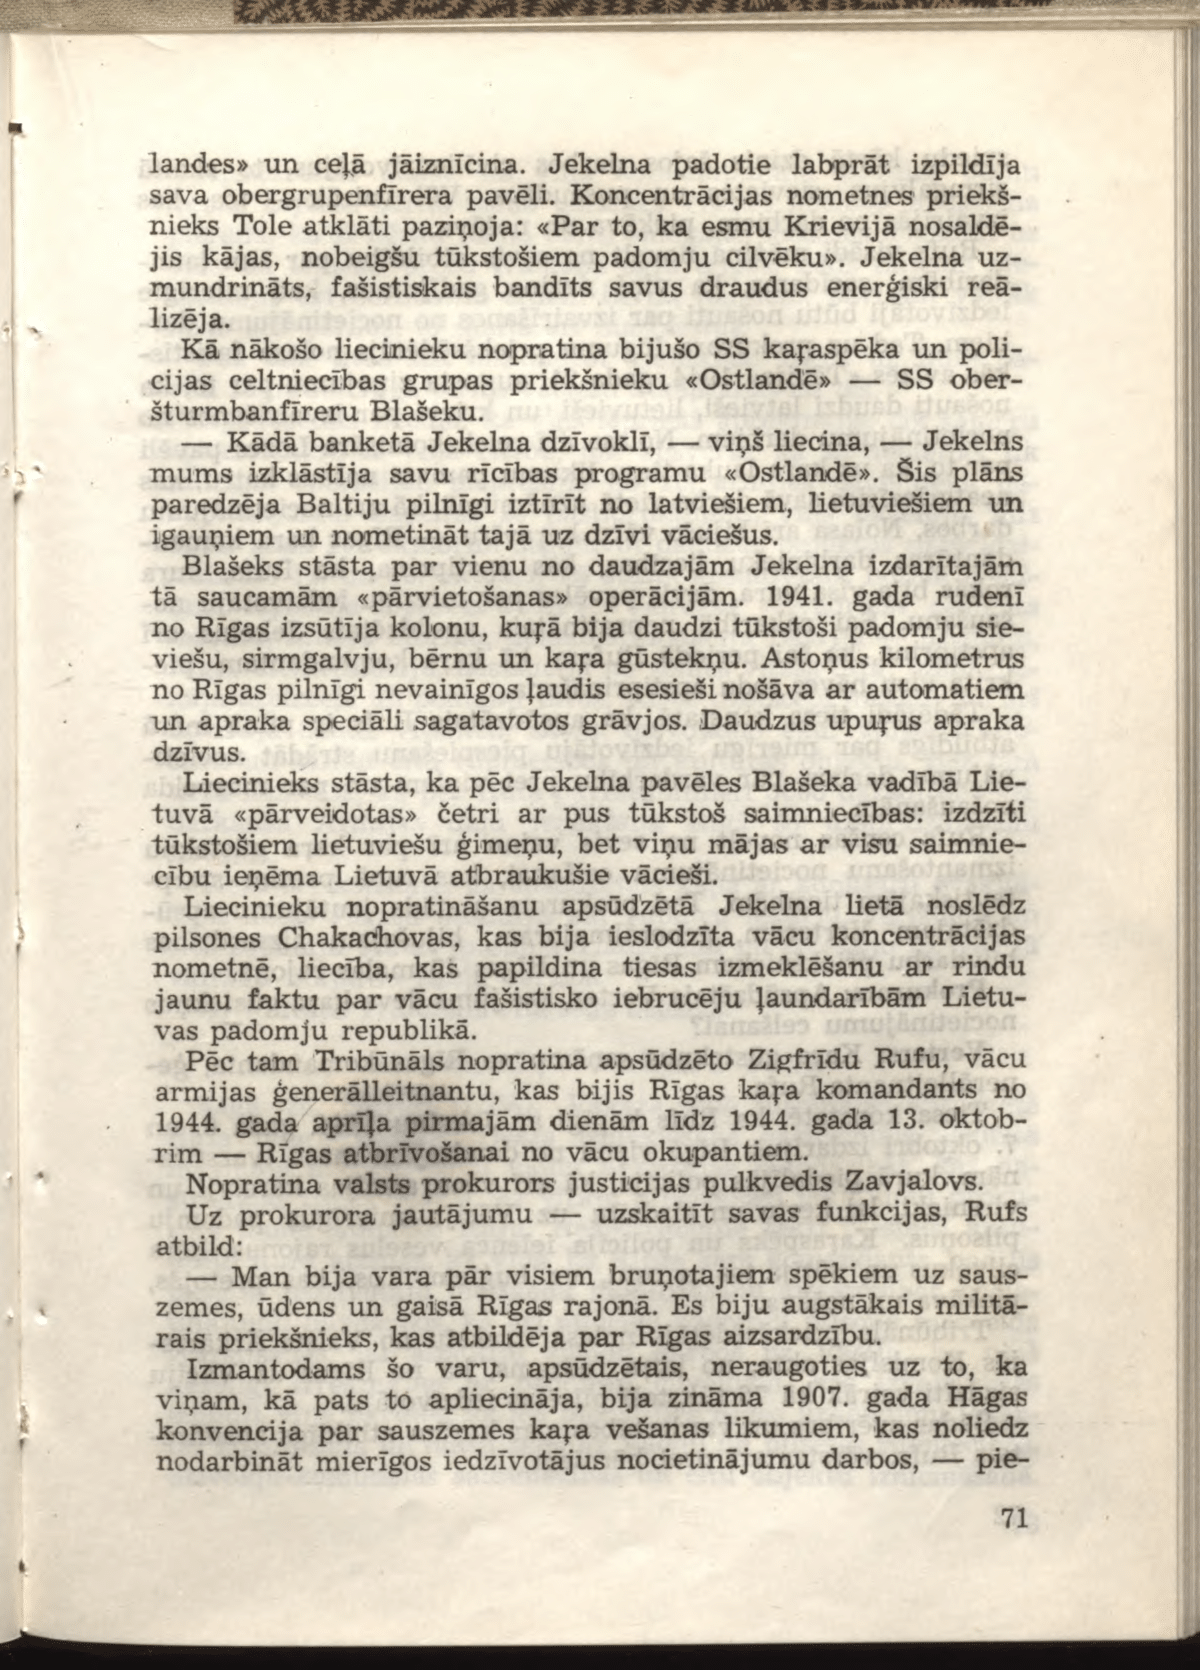
Language: lv